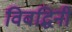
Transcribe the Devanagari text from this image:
विवद्धिनी